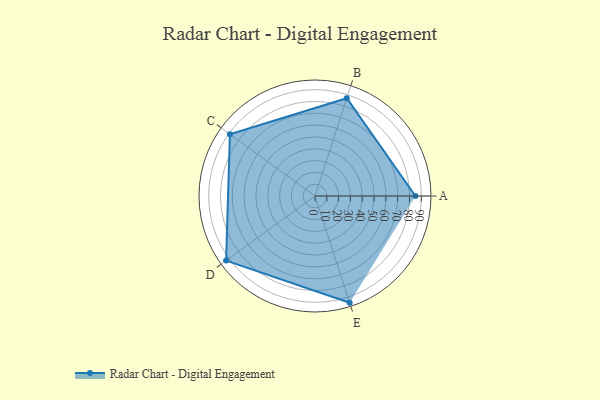
{"axis": {"x": "Skill", "y": "Score"}, "legend": ["Profile"], "data": [{"x": "A", "y": 85.0, "type": "Profile"}, {"x": "B", "y": 87.0, "type": "Profile"}, {"x": "C", "y": 89.0, "type": "Profile"}, {"x": "D", "y": 93.0, "type": "Profile"}, {"x": "E", "y": 95.0, "type": "Profile"}]}